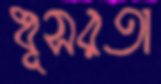
ধূসরতা